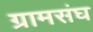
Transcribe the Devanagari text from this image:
ग्रामसंघ